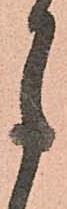
月